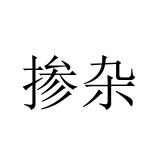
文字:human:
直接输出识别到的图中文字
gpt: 掺杂